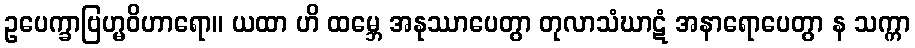
ဥပေက္ခာဗြဟ္မဝိဟာရော။ ယထာ ဟိ ထမ္ဘေ အနုဿာပေတွာ တုလာသံဃာဋံ အနာရောပေတွာ န သက္ကာ